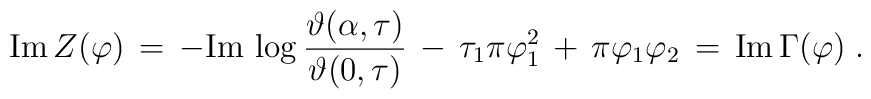
{\rm Im} \, Z (\varphi) \,=\, - {\rm Im} \, \log\frac{\vartheta (\alpha , \tau)}{\vartheta (0,\tau)} \,-\,\tau_1 \pi\varphi_1^2 \,+\, \pi \varphi_1 \varphi_2 \,=\, {\rm Im} \, \Gamma (\varphi)\;.